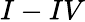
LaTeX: I-IV